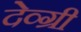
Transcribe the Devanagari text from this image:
देव्ग्री